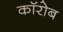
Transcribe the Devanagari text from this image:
कॉरोब